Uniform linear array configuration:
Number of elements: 16
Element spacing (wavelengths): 0.75
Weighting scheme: uniform
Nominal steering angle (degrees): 60
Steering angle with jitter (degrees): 58.042
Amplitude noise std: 0.05
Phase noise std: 0.05

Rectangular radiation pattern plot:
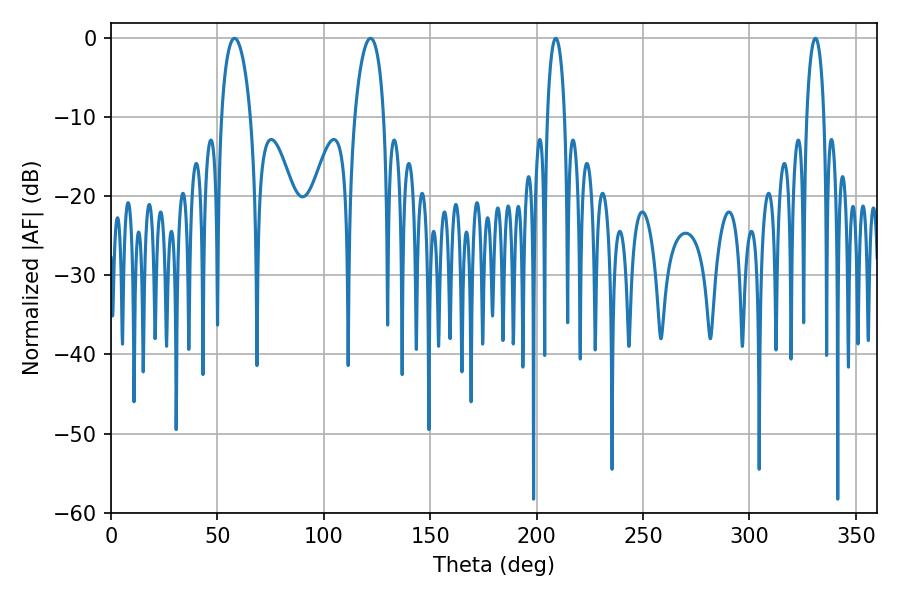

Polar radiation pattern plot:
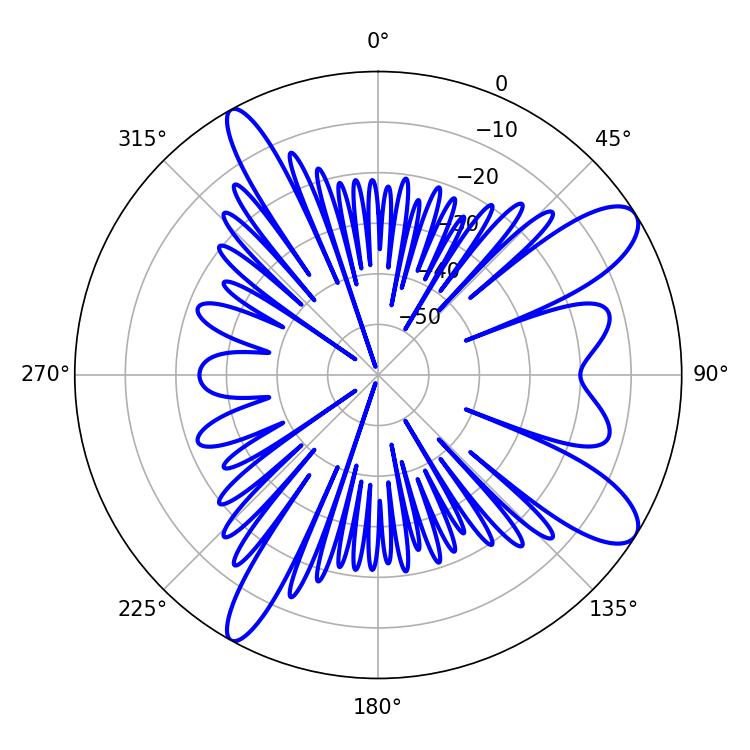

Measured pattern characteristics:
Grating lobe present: TRUE
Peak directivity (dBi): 10.546
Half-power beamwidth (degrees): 4.68
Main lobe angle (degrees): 208.98